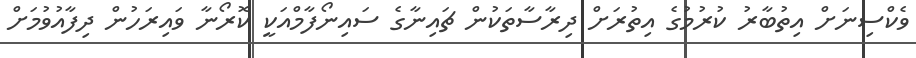
ވެކްސިނަށް އިތުބާރު ކުރުމުގެ އިތުރަށް ދިރާސާތަކުން ޗައިނާގެ ސައިނޯފާމްއަކީ ކޮރޯނާ ވައިރަހުން ދިފާއުވުމަށް